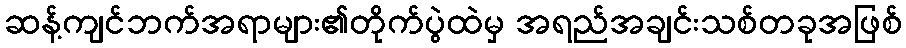
ဆန့်ကျင်ဘက်အရာများ၏တိုက်ပွဲထဲမှ အရည်အချင်းသစ်တခုအဖြစ်